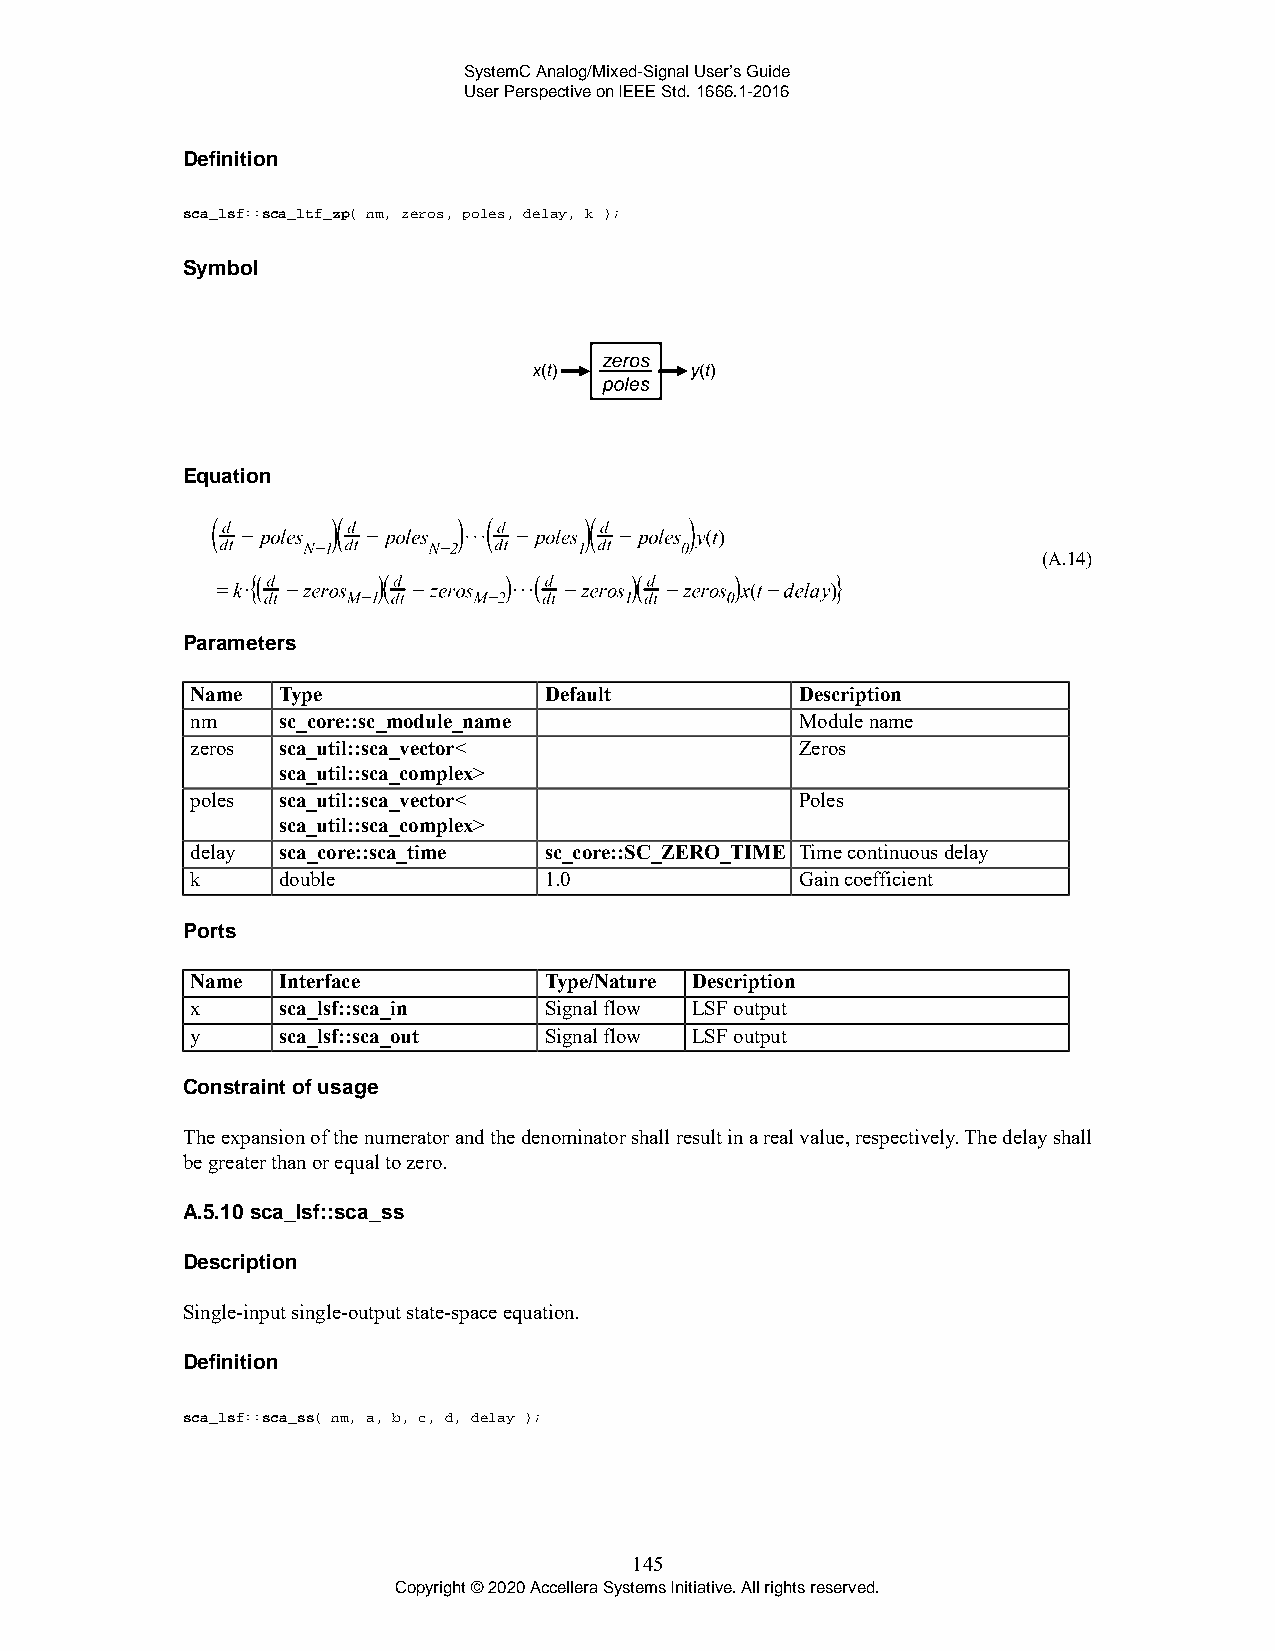
SystemC Analog/Mixed-Signal User’s Guide
 User Perspective on IEEE Std. 1666.1-2016
 Definition
 sca_lsf::sca_ltf_zp( nm, zeros, poles, delay, k );
 Symbol
 Equation
 (A.14)
 Parameters
 Name Type              Default          Description
 nm   sc_core::sc_module_name            Module name
 zeros sca_util::sca_vector<             Zeros
 sca_util::sca_complex>
 poles sca_util::sca_vector<             Poles
 sca_util::sca_complex>
 delay sca_core::sca_time sc_core::SC_ZERO_TIME Time continuous delay
 k    double            1.0              Gain coefficient
 Ports
 Name Interface         Type/Nature Description
 x    sca_lsf::sca_in   Signal flow LSF output
 y    sca_lsf::sca_out  Signal flow LSF output
 Constraint of usage
 The expansion of the numerator and the denominator shall result in a real value, respectively. The delay shall
 be greater than or equal to zero.
 A.5.10 sca_lsf::sca_ss
 Description
 Single-input single-output state-space equation.
 Definition
 sca_lsf::sca_ss( nm, a, b, c, d, delay );
 145
 Copyright © 2020 Accellera Systems Initiative. All rights reserved.